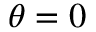
\theta = 0